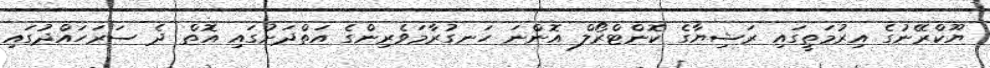
ޔޫކްރޭނުގެ އިރުމަތީގައި ރަޝިޔާގެ ކޮންޓްރޯލް އޮންނަ ހަނގުރާމަވެރިންގެ އަތްދަށުގައި އޮތް ދެ ސަރަހައްދުގައި